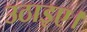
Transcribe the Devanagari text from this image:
उठाइए।